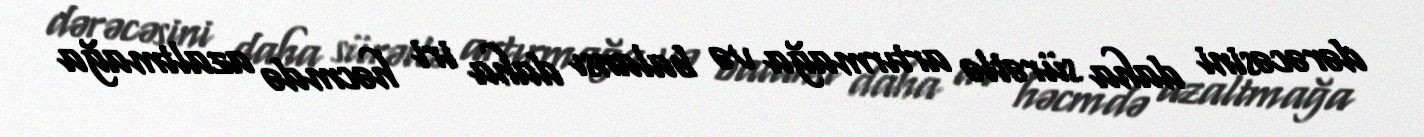
dərəcəsini daha sürətlə artırmağa və balansı daha iri həcmdə azaltmağa